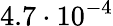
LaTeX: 4.7\cdot 10^{-4}